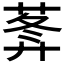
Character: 𦵝